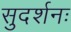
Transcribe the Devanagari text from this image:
सुदर्शनः